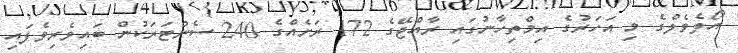
އޯލެވެލްގެ މި އަހަރުގެ އިމްތިހާނުގައި ރާއްޖޭގެ 172 ރަށެއްގެ 240 ސެންޓަރަކުން ބައިވެރިވެފައި